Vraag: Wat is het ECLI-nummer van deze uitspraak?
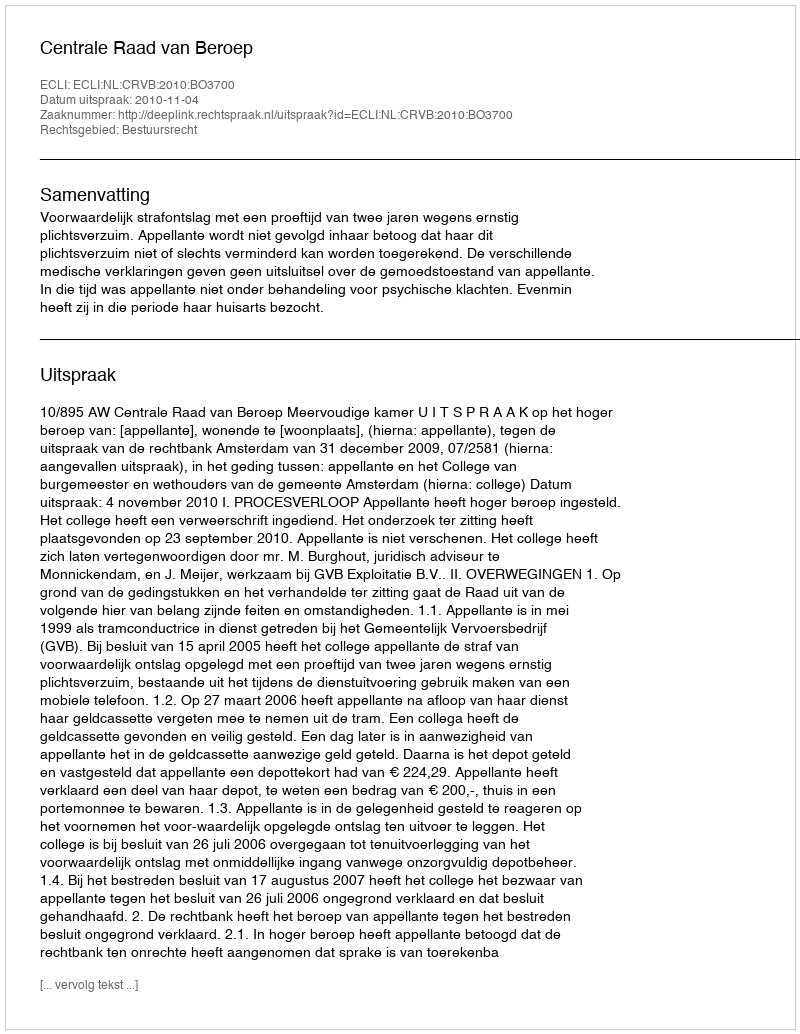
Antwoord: ECLI:NL:CRVB:2010:BO3700